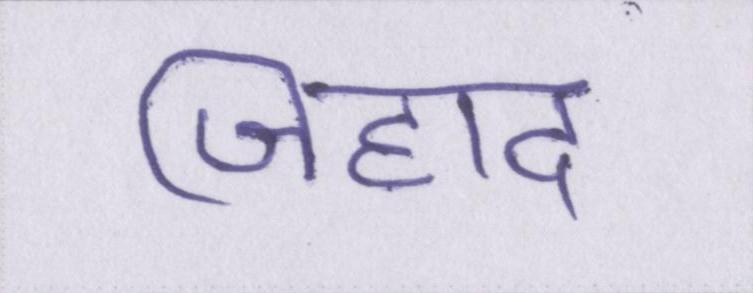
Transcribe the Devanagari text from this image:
जिहाद